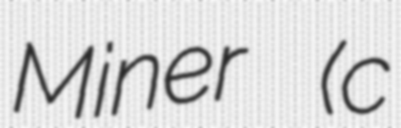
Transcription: Miner (c